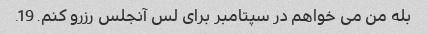
بله من می خواهم در سپتامبر برای لس آنجلس رزرو کنم. 19.